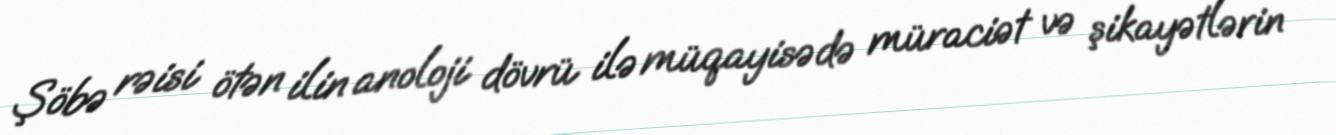
Şöbə rəisi ötən ilin anoloji dövrü ilə müqayisədə müraciət və şikayətlərin